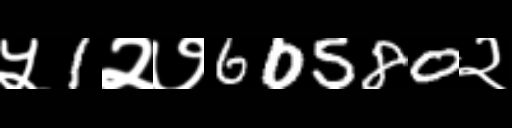
Text: ५1२७60580२